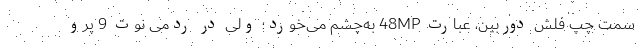
سمت چپ فلش دوربین، عبارت 48MP به‌چشم می‌خورد؛ ولی در ردمی نوت 9 پرو